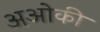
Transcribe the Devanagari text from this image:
अओकी